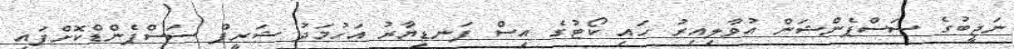
ނަޖީބުގެ ސަސްޕެންޝަން އުވާލިއިރު ހައި ކޯޓުގެ އިސް ފަނޑިޔާރު އަހުމަދު ޝަރީފް ސަސްޕެންޑްކޮށްފައި